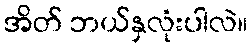
အိတ် ဘယ်နှလုံးပါလဲ။